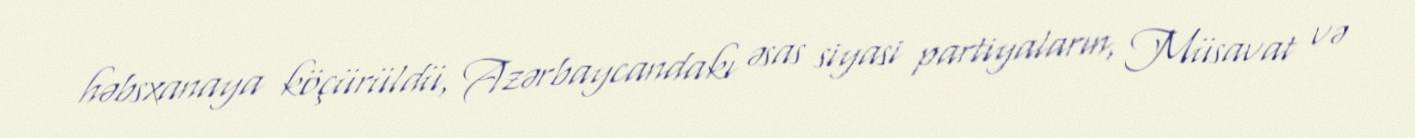
həbsxanaya köçürüldü, Azərbaycandakı əsas siyasi partiyaların, Müsavat və